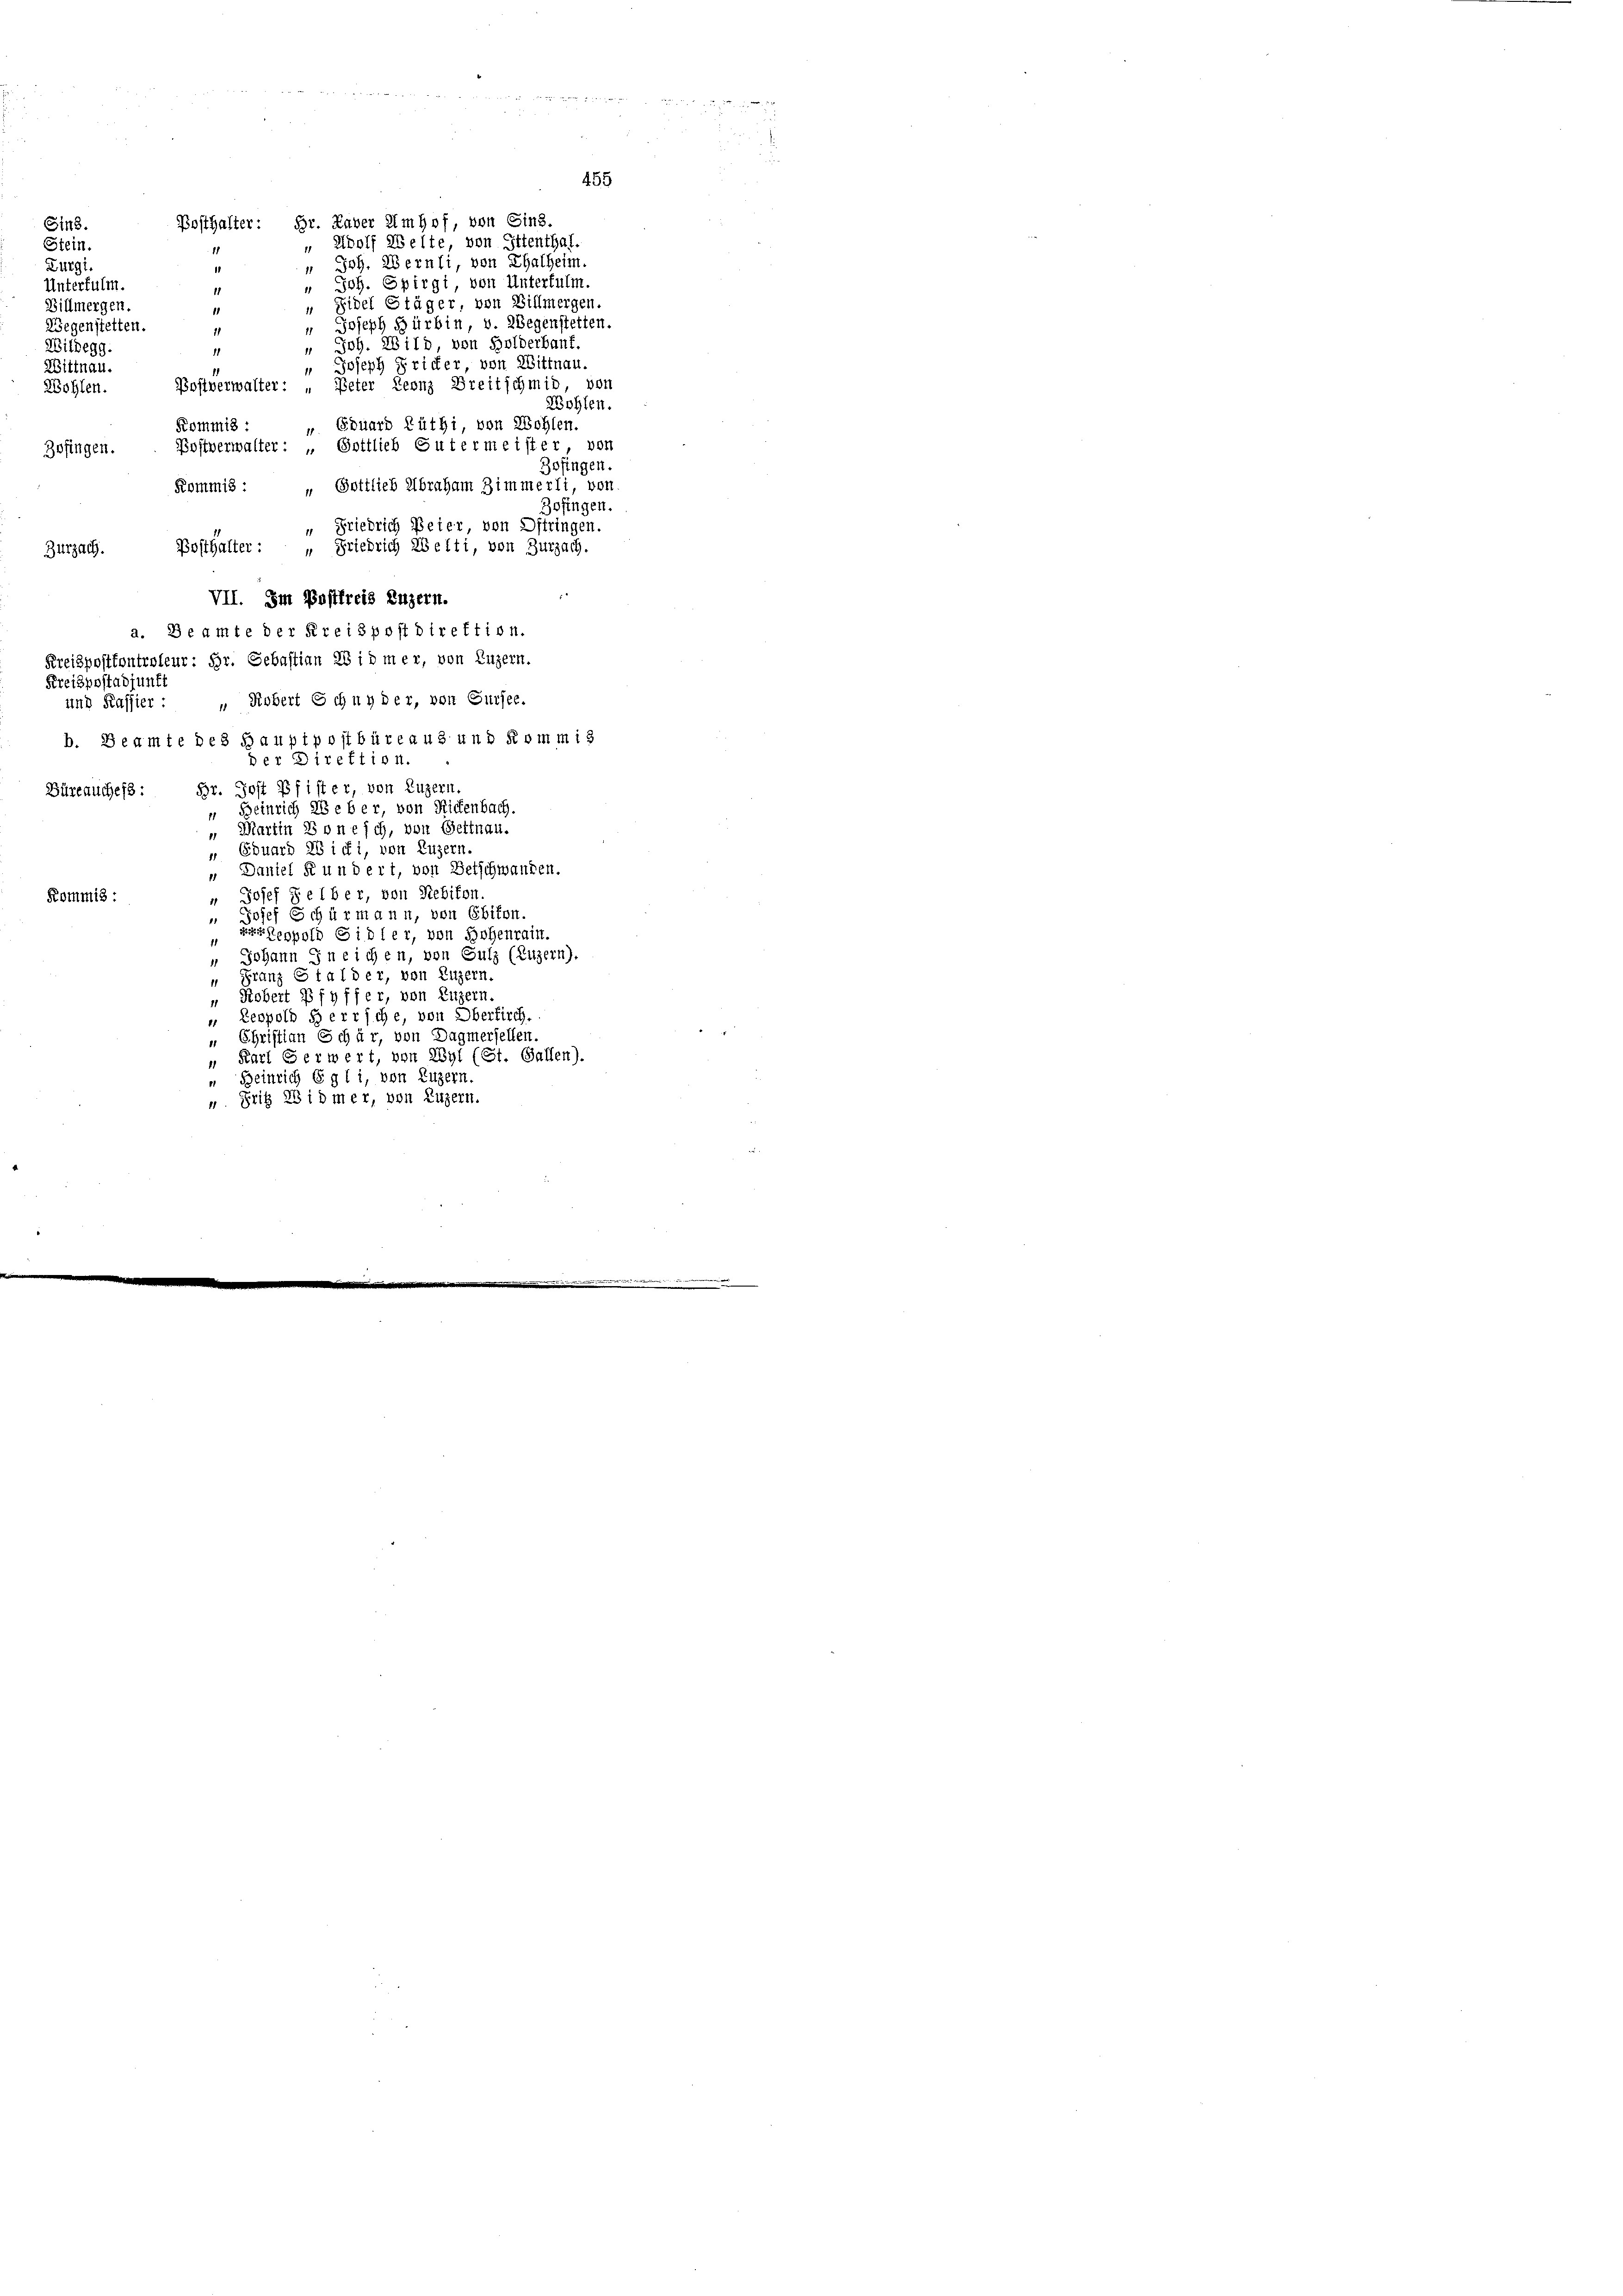
Joh. Wernli, von Thalheim
1
" Joh. Spirgi von Untertulm.
11
" Fidel Stäger, von Willmergen.
1
" Joseph Hürbin, v. Regenstetten.
11
„ Joh. Wild, von Holderbauf.
11
" Joseph Fricker von Wittnau.
Bohlverwalter: „Peter Leonz Breitschmid, von
" Eduard Lüthi von Wohlen.
Kommis :
Bostverwalter: „Gottlieb Gutermeister, von
Zofingen.
Kommis : „Gottlieb Abraham Zimmerli, von
Zofingen.
“ Friedrich Beier von Ditringen.
Posthalter: „Friedrich Welti, von Zurzach.
Zurzach.
VII. Im Postfreis Luzern.
a. Beamte der Kreispostdirektion.
Kreispositontroleur: Hr. Gebastian 28 id mer, von Luzern.
Kreispostadiunt.
und Kassier : „Siebert Schnyder, von Sursee.
b. Beamte des Hauptpostbüreaus und Kommis
der Direktion.
Br. Jost Pfister, von Luzern
Büreauches:
Heinrich 2 eber, von Rickenbach.
1
 Martin Sone ich, von Gettnau.
 Eduard 28 ici, von Luzern
" Daniel Kundert, von Betschwanken.
" Josef Selber, von Rebikon.
Kommis :
 Josef Schürmann, von Ebikon.
Eppold Sidler, von Hohenrain.
" Johann Ineichen, von Gulz (Luzern).
 Franz Stalder, von Luzern
" Robert Pfyffer, von Luzern.
 Leopold herrsche, von Oberkirch.
„ Christian Schär, von Dagmersellen.
„ Karl Gerwert, von Wyl (St. Gallen).
“ Heinrich Egli, von Luzern.
u. Fritz 23 idmer, von Luzern.

Sins.
Stein.
Zurgi.
Unterfulm.
Billmergen.
Wegenstetten.
Wildegg.
Wittnau.
Wohlen.

Posthalter: Hr. Daver Imhof, von Sins.
" Wolf Welte von Ittenthal.
11

455

Wohlen.
Zofingen